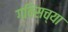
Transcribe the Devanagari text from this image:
ग्विसच्या